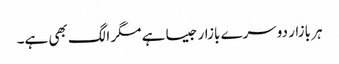
ہر بازار دوسرے بازار جیسا ہے مگر الگ بھی ہے۔